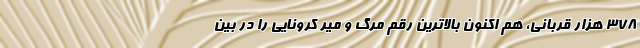
۳۷۸ هزار قربانی، هم اکنون بالاترین رقم مرگ و میر کرونایی را در بین